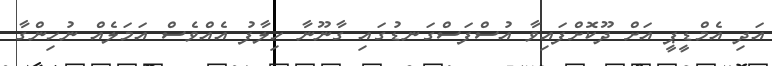
އަދި އެމްޑީޕީ އަށް ދޫކޮށްފައިވާ އުސްފަސްގަނޑުގައި ގާނޫނާ ހިލާފު އެއްވެސް އަމަލެއް ނުހިންގާ